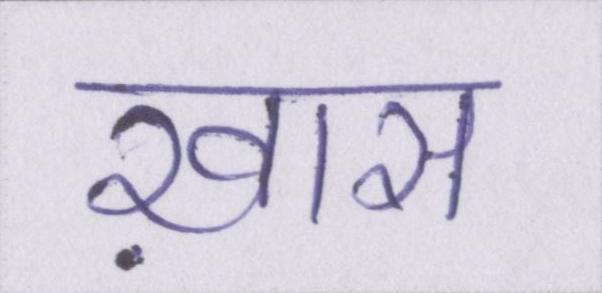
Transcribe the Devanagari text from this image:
ख़ास